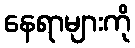
နေရာများကို